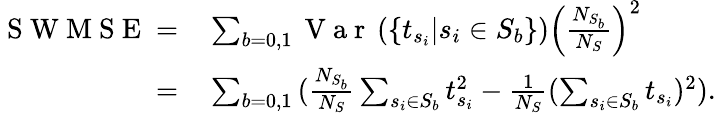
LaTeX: \begin{array}{rl}{\mathrm{~S~W~M~S~E~}=}&{{}\sum_{b=0,1}{\mathrm{~V~a~r~}\left(\left\{ t_{s_{i}}\middle|s_{i}\in S_{b}\right\} \right)\left(\frac{N_{S_{b}}}{N_{S}}\right)^{2}}}\\ {=}&{{}\sum_{b=0,1}{(\frac{N_{S_{b}}}{N_{S}}\sum_{s_{i}\in S_{b}}t_{s_{i}}^{2}-\frac{1}{N_{S}}(\sum_{s_{i}\in S_{b}}t_{s_{i}})^{2})}.}\end{array}